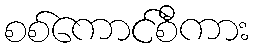
စစ်ကောင်စီကား